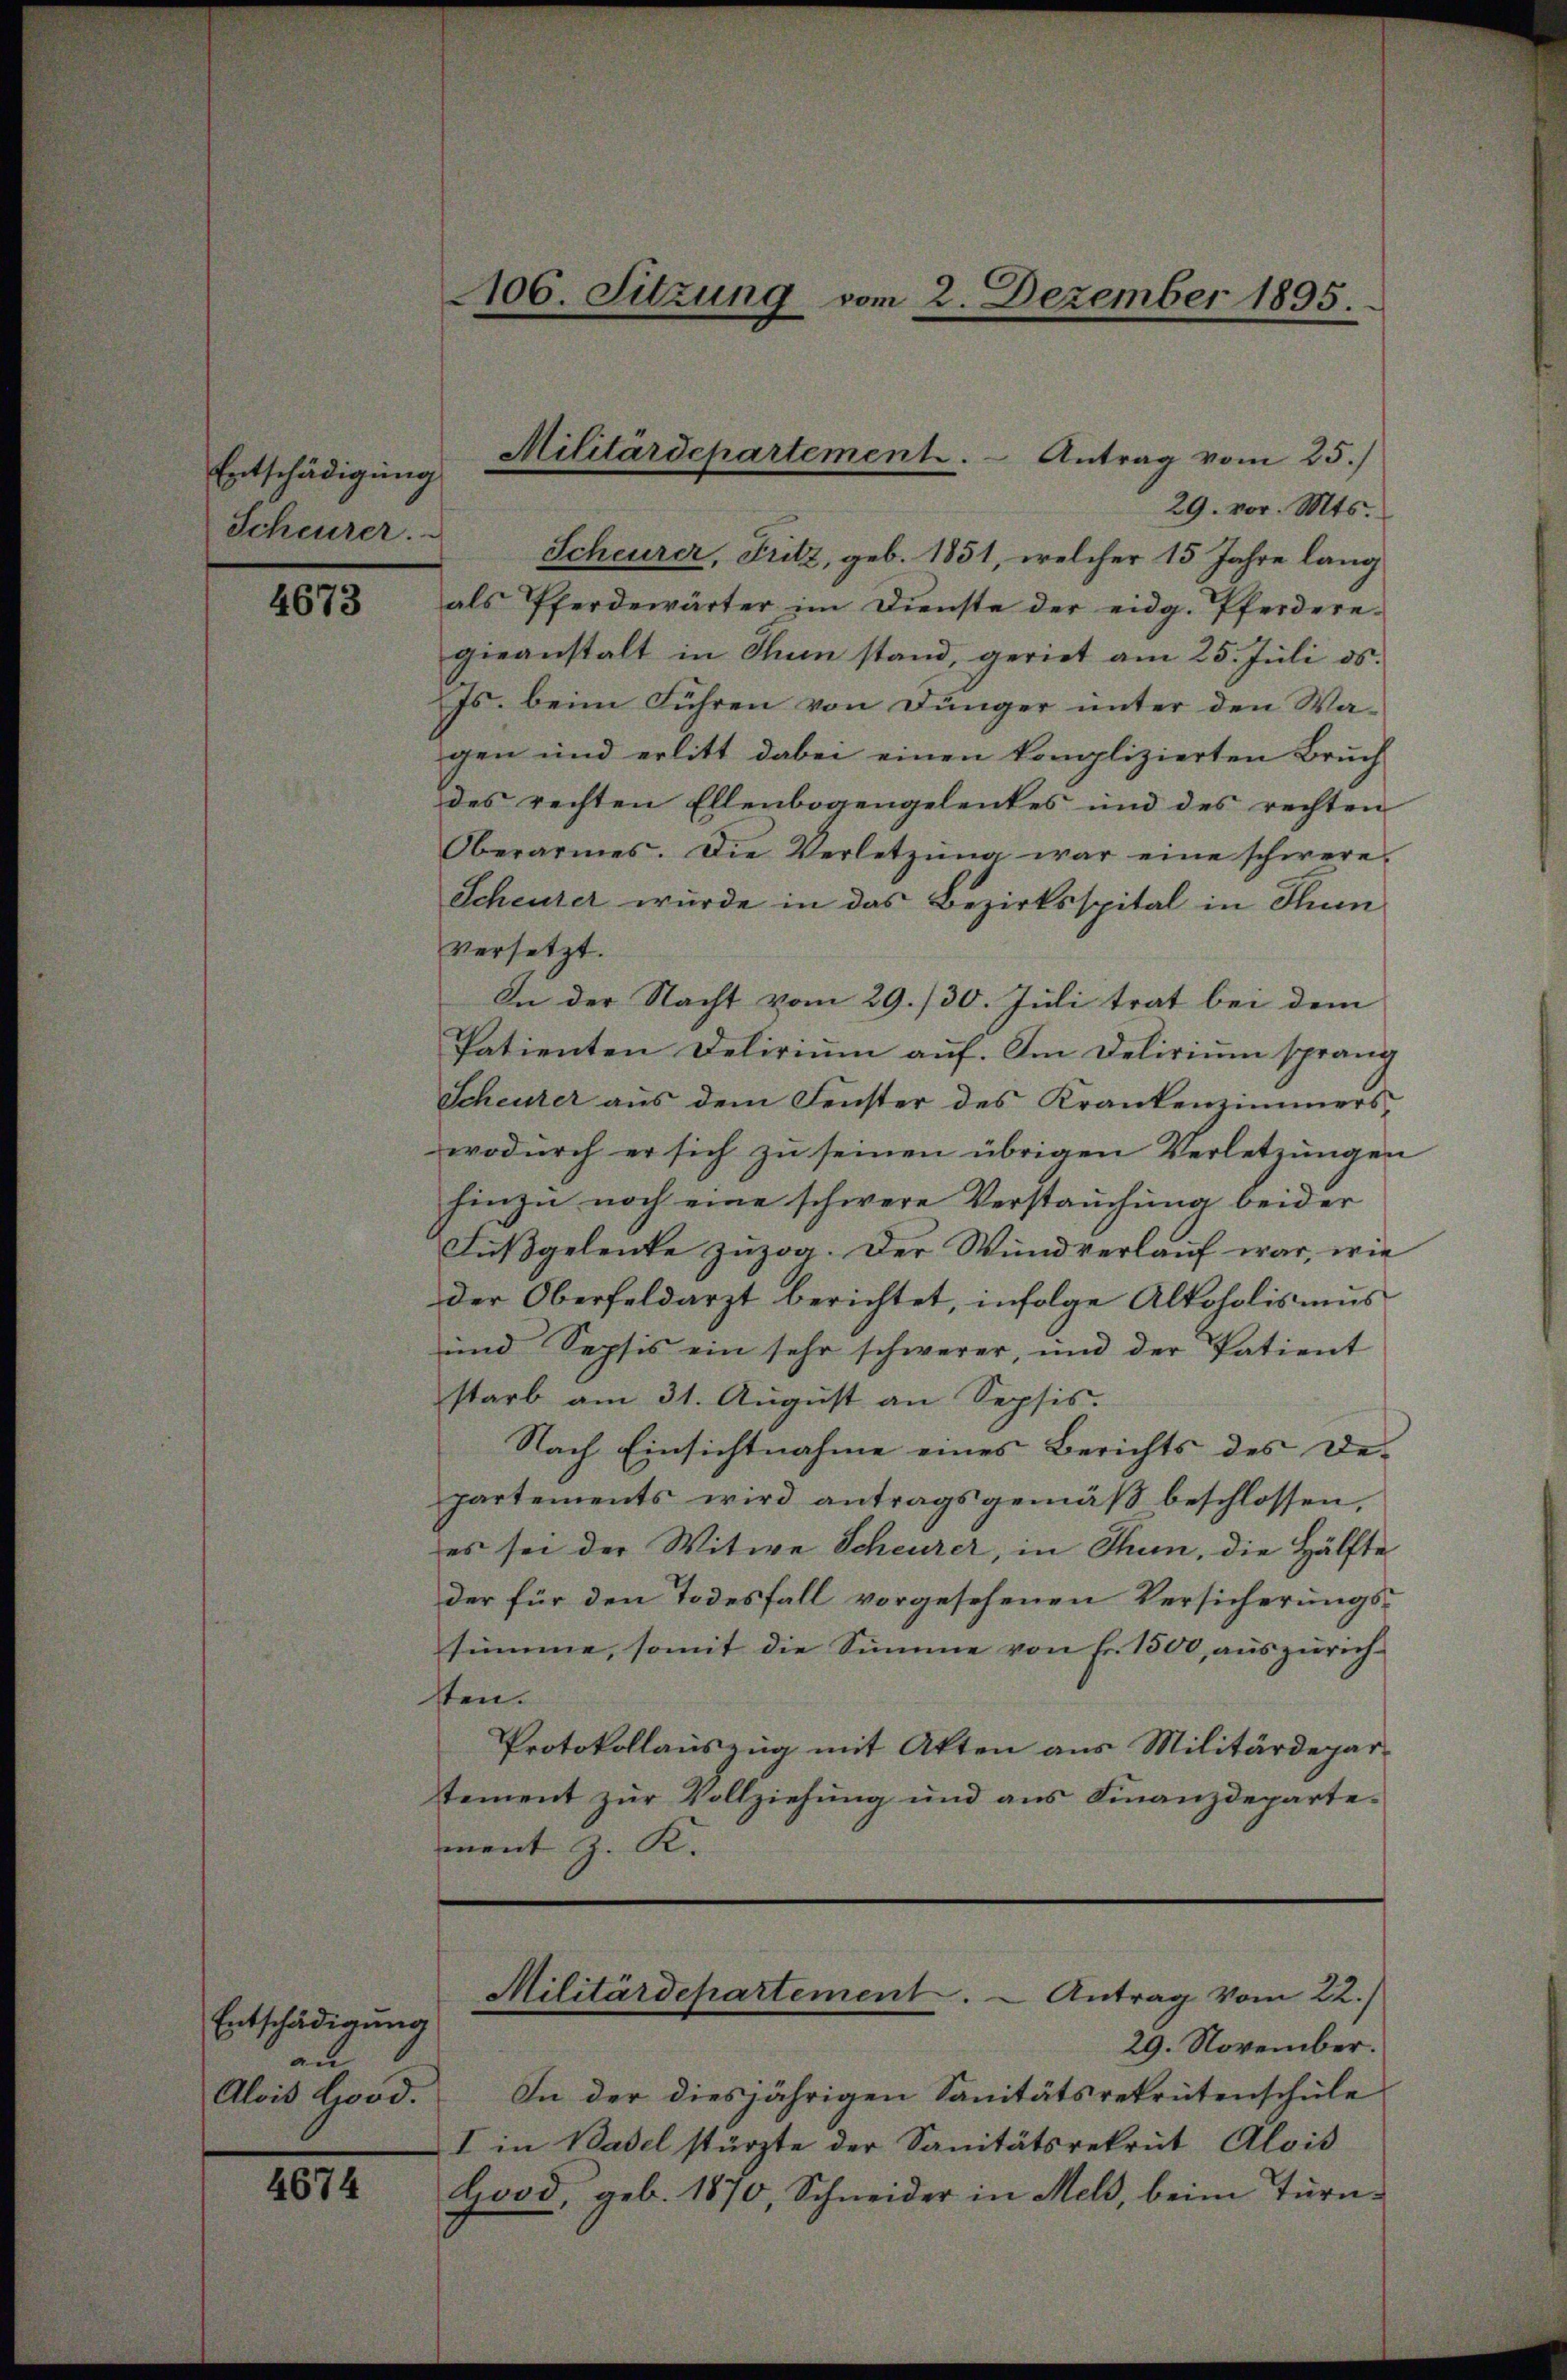
Entschädigung

4673

Entschädigung
an
Alois Lood.

4674

29. vor. Mts.
Scheurer. Scheurer, Fritz, geb. 1851, welcher 15 Jahre lang
als Pferdewärter im Dienste der eidg. Pferdere-
gieanstalt in Thun stand, geriet am 25. Jŭli ds.
Js. beim Führen von Dünger unter den Wagen und erlitt dabei einen komplizierten Bruch
des rechten Ellenbogengelentes und des rechten
Oberarmes. Die Verletzŭng war eine schwere
Scheurer wurde in das Bezirksspital in Stun
versetzt.
In der Nacht vom 29./30. Juli trat bei dem
Patienten Delirium auf. Im Delirium sprang
Scheuter aus dem Fenster des Krankenzimmerswodurch er sich zu seinen übrigen Verletzungen
hinzu noch eine schwere Verstauchung beider
Fußgelenke zuzog. Der Wundverlauf war, wie
der Oberfeldarzt berichtet, infolge Alkoholismus
und Sophis ein sehr schwerer, und der Patient
starb am 31. Aŭgŭst an Sepfis.
Nach Einsichtnahme eines Berichts des De-
partements wird antragsgemäβ beschlossen,
es sei der Witwe Scheurer, in Thun, die Hälfte
der für den Todesfall vorgesehenen Versicherungssumme, somit die Summe von Fr. 1500 aŭszürich-
ten.
Protokollauszug mit Akten aus Militärdepar-
tement zur Vollziehung und aus Finanzdepartement z. K.

106. Sitzung vom 2. Dezember 1895.

Militärdepartement. - Antrag vom 25.)

Militärdepartement. - Antrag vom 22.)

29. November.
In der diesjährigen Sanitätsrekrutenschŭle
I in Basel stürzte der Sanitätsrekrut Alois
Hood, geb. 1870, Schneider in Meld, beim Turn¬